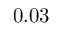
0 . 0 3